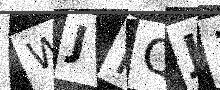
Text: WJHQJ1